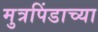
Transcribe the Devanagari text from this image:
मुत्रपिंडाच्या